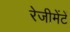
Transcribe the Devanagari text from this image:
रेजीमेंटें